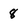
Character: 8